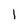
Character: I